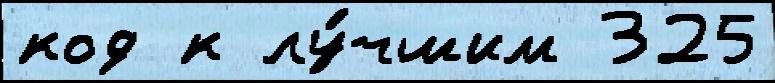
код к лу́чшим 325